Report on horse surra - Volume I
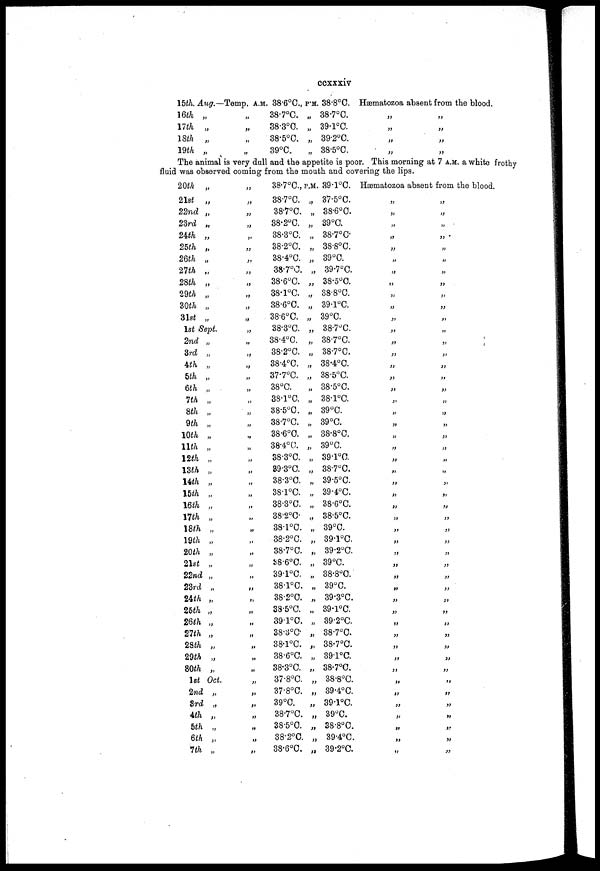
ccxxxiv
15th. Aug.—
16th
17th
18th
19th
„
„
„
„
Temp. A.M. 38.6°C.,
„
„
„
„
38.7°C.
38.3°C.
38.5°C.
39°C.
P.M. 38.8°C.
„ 38.7°C.
„ 39.1°C
„ 39.2°C.
„ 38.5°C.
hæmatozoa absent from the blood.
„
„
„
„
„
„
„
„
The animal is very dull and the appetite is poor. This morning at 7 A.M. a white frothy
fluid was observed coming from the mouth and covering the lips.
20th
21st
22nd
23rd
24th
25th
26th
27th
28th
29th
30th
31st
„
„
„
„
„
„
„
„
„
„
„
„
1st Sept.
2nd
3rd
4th
5th
6th
7th
8th
9th
10th
11th
12th
13th
14th
15th
16th
17th
18th
19th
20th
21st
22nd
23rd
24th
25th
26th
27th
28th
29th
30th
1st
2nd
3rd
4th
5th
6th
7th
„
„
„
„
„
„
„
„
„
„
„
„
„
„
„
„
„
„
„
„
„
„
„
„
„
„
„
„
„
Oct.
„
„
„
„
„
„
„
„
„
„
„
„
„
„
„
„
„
„
„
„
„
„
„
„
„
„
„
„
„
„
„
„
„
„
„
„
„
„
„
„
„
„
„
„
„
„
„
„
„
„
„
„
„
„
„
38.7°C.,
38.7°C.
38.7°C.
38.2°C.
38.3°C.
38.2°C.
38.4°C.
38.7°C.
38.6°C.
38.1°C.
38.6°C.
38.6°C.
38.3°C.
38.4°C.
38.2°C.
38.4°C.
37.7°C.
38°C.
38.1°C.
38.5°C.
38.7°C.
38.6°C.
38.4°C.
38.3°C.
39.3°C.
38.3°C.
38.1°C.
38.3°C.
38.2°C.
38.1°C.
38.2°C.
38.7°C.
38.6°C.
39.1°C.
38.1°C.
38.2°C.
38.5°C.
39.1°C.
38.3°C.
38.1°C.
38.6°C.
38.3°C.
37.8°C.
37.8°C.
39°C.
38.7°C.
38.5°C.
38.2°C.
38.6°C.
P.M. 39.1°C.
„ 37.5°C.
„ 38.6°C.
„ 39°C.
„ 38.7°C.
„ 38.8°C.
„ 39°C.
„ 39.7°C.
„ 38.5°C.
„ 38.8°C.
„ 39.1°C.
„ 39°C.
„ 38.7°C.
„ 38.7°C.
„ 38.7°C.
„ 38.4°C.
„ 38.5°C.
„ 38.5°C.
„ 38.1°C.
„ 39°C.
„ 39°C.
„ 38.8°C.
„ 39°C.
„ 39.1°C.
„ 38.7°C.
„ 39.5°C.
„ 39.4°C.
„ 38.6°C.
„ 38.5°C.
„ 39°C.
„ 39.1°C.
„ 39.2°C.
„ 39°C.
„ 38.8°C.
„ 39°C.
„ 39.3°C.
„ 39.1°C.
„ 39.2°C.
„ 38.7°C.
„ 38.7°C.
„ 39.1°C.
„ 38.7°C.
„ 38.8°C.
„ 39.4°C.
„ 39.1°C.
„ 39°C.
„ 38.8°C.
„ 39.4°C.
„ 39.2°C.
Hæmatozoa absent from the blood.
„
„
„
„
„
„
„
„
„
„
„
„
„
„
„
„
„
„
„
„
„
„
„
„
„
„
„
„
„
„
„
„
„
„
„
„
„
„
„
„
„
„
„
„
„
„
„
„
„
„
„
„
„
„
„
„
„
„
„
„
„
„
„
„
„
„
„
„
„
„
„
„
„
„
„
„
„
„
„
„
„
„
„
„
„
„
„
„
„
„
„
„
„
„
„
„